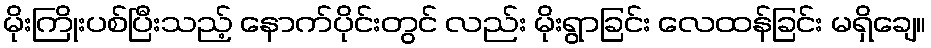
မိုးကြိုးပစ်ပြီးသည့် နောက်ပိုင်းတွင် လည်း မိုးရွာခြင်း လေထန်ခြင်း မရှိချေ။